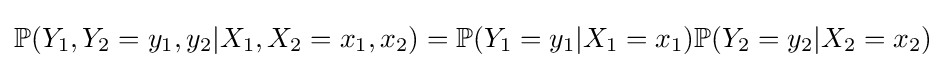
\mathbb {P} (Y_{1},Y_{2}=y_{1},y_{2}|X_{1},X_{2}=x_{1},x_{2})=\mathbb {P} (Y_{1}=y_{1}|X_{1}=x_{1})\mathbb {P} (Y_{2}=y_{2}|X_{2}=x_{2})